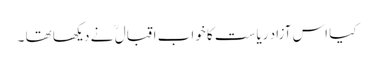
کیا اس آزاد ریاست کا خواب اقبال ؒ نے دیکھا تھا ۔